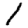
Digit: 1